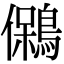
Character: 䳰